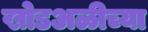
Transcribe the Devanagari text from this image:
खोडअळीच्या